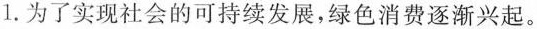
1.为了实现社会的可持续发展，绿色消费逐渐兴起。